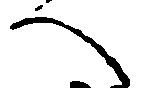
へ